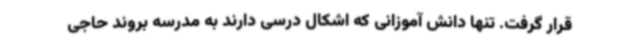
قرار گرفت. تنها دانش آموزانی که اشکال درسی دارند به مدرسه بروند حاجی